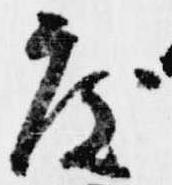
度